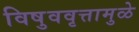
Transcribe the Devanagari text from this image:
विषुववृत्तामुळे